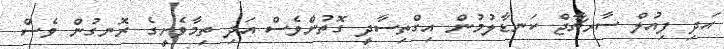
އަދި ފިއުލް ސާރޗާޖް ކަނޑާލުމުން އިގްތިސާދީ ގޮތުންވެސް އަދި ތިމާވެށީގެ ރޮނގުން ވެސް